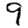
Digit: 9